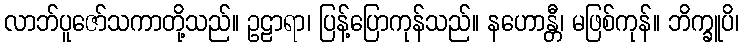
လာဘ်ပူဇော်သကာတို့သည်။ ဥဠာရာ၊ ပြန့်ပြောကုန်သည်။ နဟောန္တီ၊ မဖြစ်ကုန်။ ဘိက္ခူပိ၊